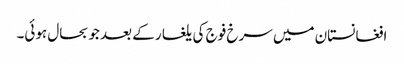
افغانستان میں سرخ فوج کی یلغار کے بعد جو بحال ہوئی۔